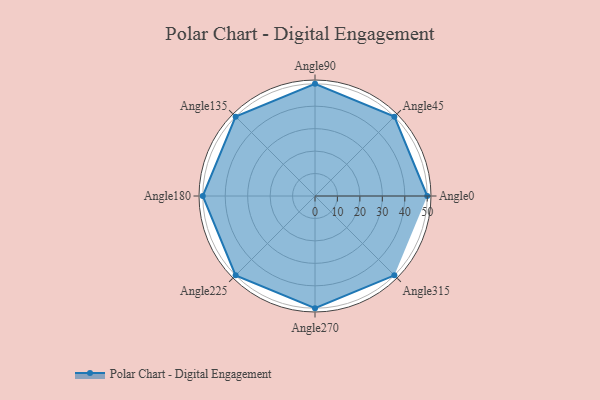
{"axis": {"x": "Angle", "y": "Radius"}, "legend": [""], "data": [{"x": "Angle0", "y": 50, "type": ""}, {"x": "Angle45", "y": 50, "type": ""}, {"x": "Angle90", "y": 50, "type": ""}, {"x": "Angle135", "y": 50, "type": ""}, {"x": "Angle180", "y": 50, "type": ""}, {"x": "Angle225", "y": 50, "type": ""}, {"x": "Angle270", "y": 50, "type": ""}, {"x": "Angle315", "y": 50, "type": ""}]}